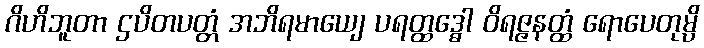
ဂိဟိဘူတာ ဌပိတပတ္တံ အဘိရမာယျေ ပရတ္ထဒ္ဓေါ ဝိရဇ္ဇနတ္ထံ ရောပေတုမ္ပိ